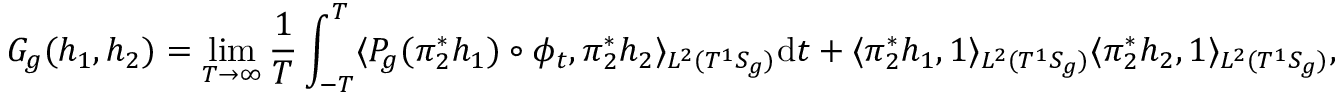
G _ { g } ( h _ { 1 } , h _ { 2 } ) = \operatorname* { l i m } _ { T \to \infty } \frac { 1 } { T } \int _ { - T } ^ { T } \langle P _ { g } ( \pi _ { 2 } ^ { * } h _ { 1 } ) \circ \phi _ { t } , \pi _ { 2 } ^ { * } h _ { 2 } \rangle _ { L ^ { 2 } ( T ^ { 1 } S _ { g } ) } \mathrm { d } t + \langle \pi _ { 2 } ^ { * } h _ { 1 } , 1 \rangle _ { L ^ { 2 } ( T ^ { 1 } S _ { g } ) } \langle \pi _ { 2 } ^ { * } h _ { 2 } , 1 \rangle _ { L ^ { 2 } ( T ^ { 1 } S _ { g } ) } ,